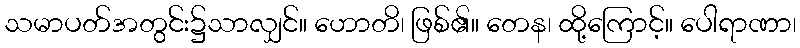
သမာပတ်အတွင်း၌သာလျှင်။ ဟောတိ၊ ဖြစ်၏။ တေန၊ ထို့ကြောင့်။ ပေါရာဏာ၊